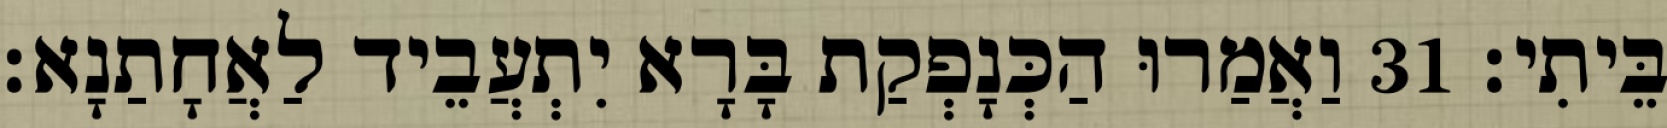
בֵּיתִי׃ 31 וַאֲמַרוּ הַכְּנָפְקַת בָּרָא יִתְעֲבֵיד לַאֲחָתַנָא׃